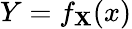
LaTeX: Y=f_{\mathbf{X}}(x)